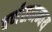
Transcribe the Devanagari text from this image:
वर्णसमन्वय